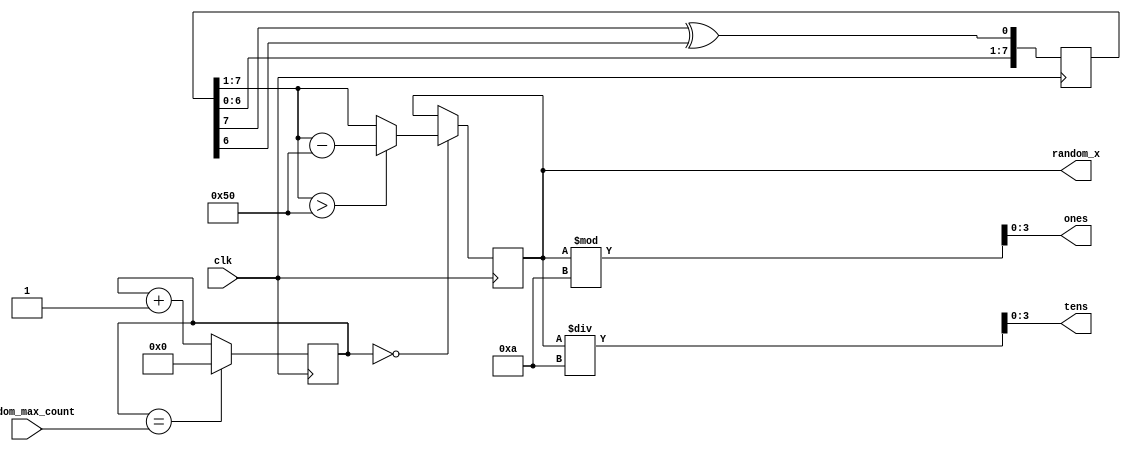
`timescale 1ns / 1ps
//////////////////////////////////////////////////////////////////////////////////
// Company: 
// Engineer: 
// 
// Design Name: 
// Module Name: random_x_generator
// Project Name: 
// Target Devices: 
// Tool Versions: 
// Description: 
// 
// Dependencies: 
// 
// Revision:
// Revision 0.01 - File Created
// Additional Comments:
// 
//////////////////////////////////////////////////////////////////////////////////


module random_x_generator(
    input clk,
    input [31:0] random_max_count,
//    input get_new,
    output reg [6:0] random_x, // 7 bits to cover up to 128,
    output [3:0] ones,
    output [3:0] tens
    );
    
    reg [7:0] lfsr_reg; // Keep the LFSR as 8-bit for good sequence properties
    
    // slow clocks
//    wire clk_5sec;
//    slow_clock clock_5sec(.clk(clk), .max_counts(250_000_000), .new_clk(clk_5sec));
    
    initial begin
        lfsr_reg <= 8'b0000_0001; // 0 -> 42 -> 34
    end
    
    reg [31:0] generate_random_counter = 1;
    always @(posedge clk) begin
        
        // 5 seconds countdown
         generate_random_counter <= (generate_random_counter == random_max_count) ? 0 : generate_random_counter + 1;

        // Shift left by one bit and insert the new feedback bit at position 0
        lfsr_reg <= {lfsr_reg[6:0], (lfsr_reg[7] ^ lfsr_reg[6])};   
        if (generate_random_counter == 0) begin
            // Scale the output to be within 0-90
            // This simple scaling works by taking the upper 7 bits, which gives a range of 0-127
            // Then, if the number is above 90, we subtract 90 until it's within the range
            if (lfsr_reg[7:1] > 80) begin
                random_x <= lfsr_reg[7:1] - 80; // Adjust if the value is above 90
            end else begin
                random_x <= lfsr_reg[7:1]; // Directly use the value if it's 90 or below
            end
        end 
//        else generated <= 0;
    end
    
    assign ones = random_x % 10;
    assign tens = random_x / 10;

endmodule